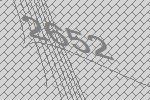
2652